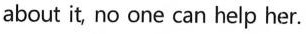
about it, no one can help her.